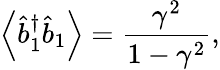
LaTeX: \left\langle\hat{b}_{1}^{\dagger}\hat{b}_{1}\right\rangle=\frac{\gamma^{2}}{1-\gamma^{2}},